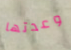
وعدتها